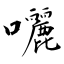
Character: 囇